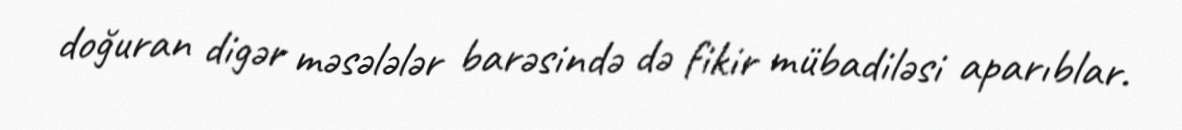
doğuran digər məsələlər barəsində də fikir mübadiləsi aparıblar.